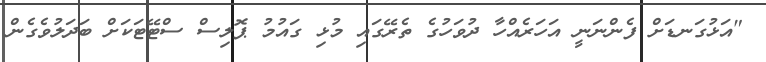
"އަޅުގަނޑަށް ފެންނަނީ އަހަރެއްހާ ދުވަހުގެ ތެރޭގައި މުޅި ގައުމު ޕޮލިސް ސްޓޭޓަކަށް ބަދަލުވެގެން